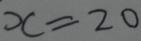
x = 2 0